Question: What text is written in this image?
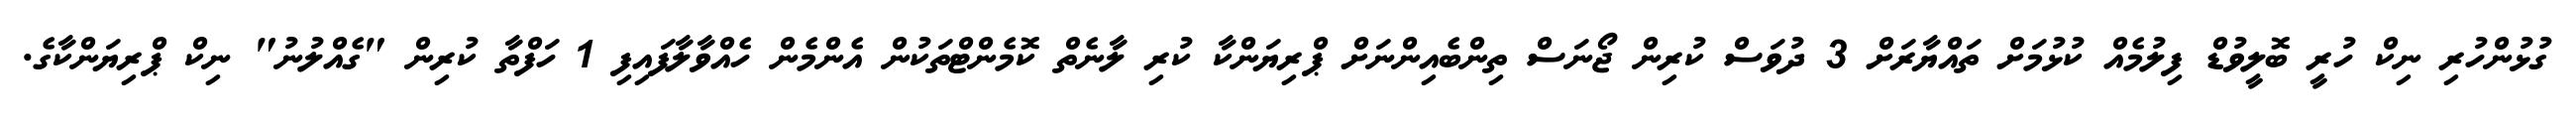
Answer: ގުޅުންހުރި ނިކް ހުރީ ބޮލީވުޑް ފިލުމެއް ކުޅުމަށް ތައްޔާރަށް 3 ދުވަސް ކުރިން ޖޯނަސް ތިންބެއިންނަށް ޕްރިޔަންކާ ކުރި ލާނެތް ކޮމެންޓްތަކުން އެންމެން ހެއްވާލާފައިފި 1 ހަފްތާ ކުރިން "ގެއްލުނު" ނިކް ޕްރިޔަންކާގެ.